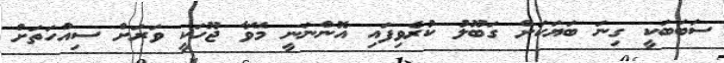
ސަބަބަކީ ގިނަ ބަޔަކަށް ގަބޫލު ކުރެވިފައި އޮންނަނީ މޭވާ ޖޫހަކީ ވަރަށް ސިއްހަތަށް